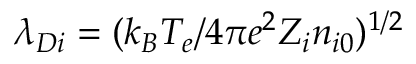
\lambda _ { D i } = ( k _ { B } T _ { e } / 4 \pi e ^ { 2 } Z _ { i } n _ { i 0 } ) ^ { 1 / 2 }